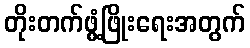
တိုးတက်ဖွံ့ဖြိုးရေးအတွက်